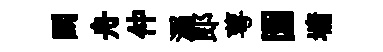
鬬舟仲溺郞萼園墉